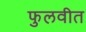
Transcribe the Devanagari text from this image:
फुलवीत